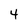
Character: 4